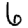
Digit: 6